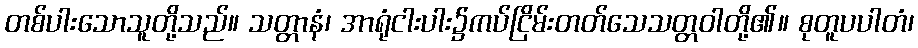
တစ်ပါးသောသူတို့သည်။ သတ္တာနံ၊ အာရုံငါးပါး၌ကပ်ငြိမ်းတတ်သေသတ္တဝါတို့၏။ စုတူပပါတံ၊